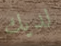
لديك